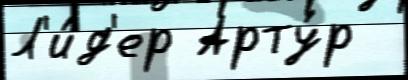
Л'и́д'ер Арту́р